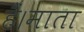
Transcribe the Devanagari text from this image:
हैं।माता